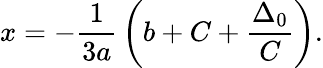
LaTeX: x=-{\frac{1}{3a}}\left(b+C+{\frac{\Delta_{0}}{C}}\right){\mathrm{.}}